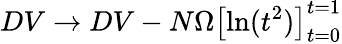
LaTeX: DV\rightarrow DV-N\Omega\left[\mathrm{ln}(t^{2})\right]_{t=0}^{t=1}